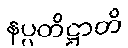
နပ္ပတိဋ္ဌာတိ